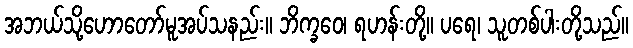
အဘယ်သို့ဟောတော်မူအပ်သနည်း။ ဘိက္ခဝေ၊ ရဟန်းတို့။ ပရေ၊ သူတစ်ပါးတို့သည်။